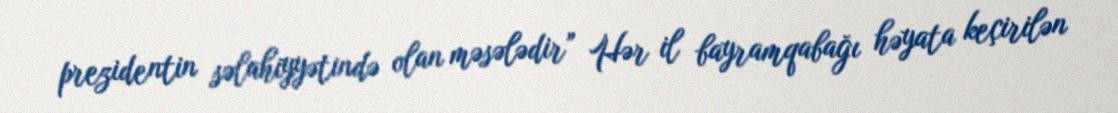
prezidentin səlahiyyətində olan məsələdir” Hər il bayramqabağı həyata keçirilən